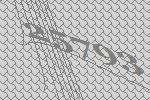
25793